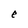
Character: e